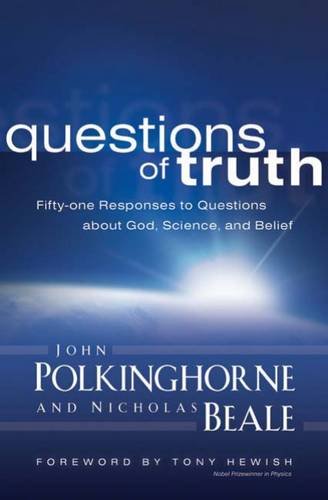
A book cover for Questions of Truth: Fifty-one Responses to Questions About God, Science, and Belief; John Polkinghorne; Christian Books & Bibles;